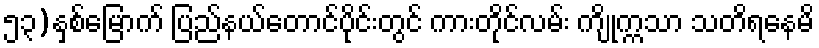
၅၃)နှစ်မြောက် ပြည်နယ်တောင်ပိုင်းတွင် ကားတိုင်လမ်း ကျိုက္ကသာ သတိရနေမိ